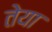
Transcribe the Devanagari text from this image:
तेया